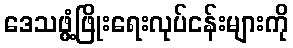
ဒေသဖွံ့ဖြိုးရေးလုပ်ငန်းများကို